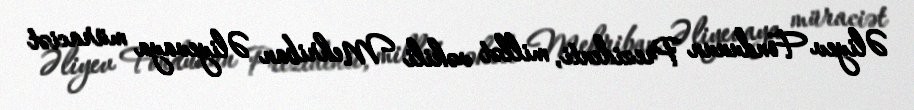
Əliyev Fondunun Prezidenti, millət vəkili Mehriban Əliyevaya müraciət